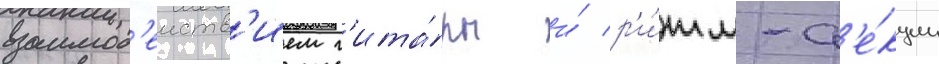
взаимод'еиств'ием г'ита́ры и́ р'и́тм-с'е́кции